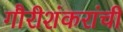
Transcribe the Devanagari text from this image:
गौरीशंकरांची